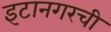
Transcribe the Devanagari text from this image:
इटानगरची